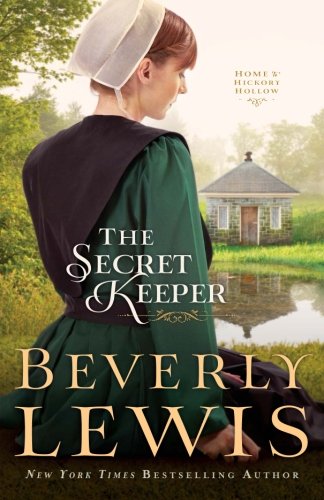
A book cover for The Secret Keeper (Home to Hickory Hollow); Beverly Lewis; Christian Books & Bibles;